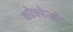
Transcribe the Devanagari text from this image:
कोकोन्डो